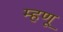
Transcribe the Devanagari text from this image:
म्‍हणू